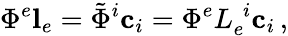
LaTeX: \Phi^{e}\mathbf{l}_{e}=\tilde{\Phi}^{i}\mathbf{c}_{i}=\Phi^{e}L_{e}^{\phantom{e}i}\mathbf{c}_{i}\, ,